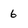
Character: 6